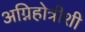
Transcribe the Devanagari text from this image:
अग्निहोत्रीशी